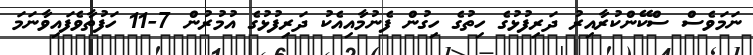
ނަމަވެސް ސްކޭންކުރާއިރު ދަރިފުޅުގެ ހިތުގެ ހިގުން ފެނުމާއިއެކު ދަރިފުޅުގެ އުމުރުން 7-11 ހަފުތާވެފައިވާނަމަ